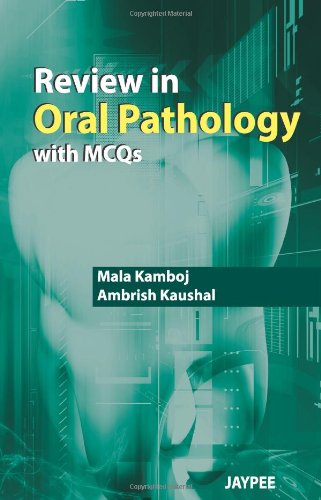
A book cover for Review in Oral Pathology With MCQs; Mala Kamboj; Medical Books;